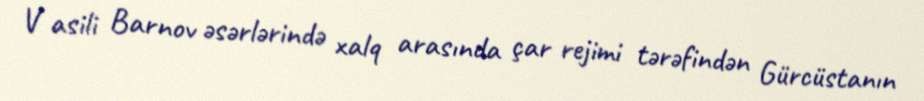
V asili Barnov əsərlərində xalq arasında çar rejimi tərəfindən Gürcüstanın